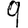
Digit: 9